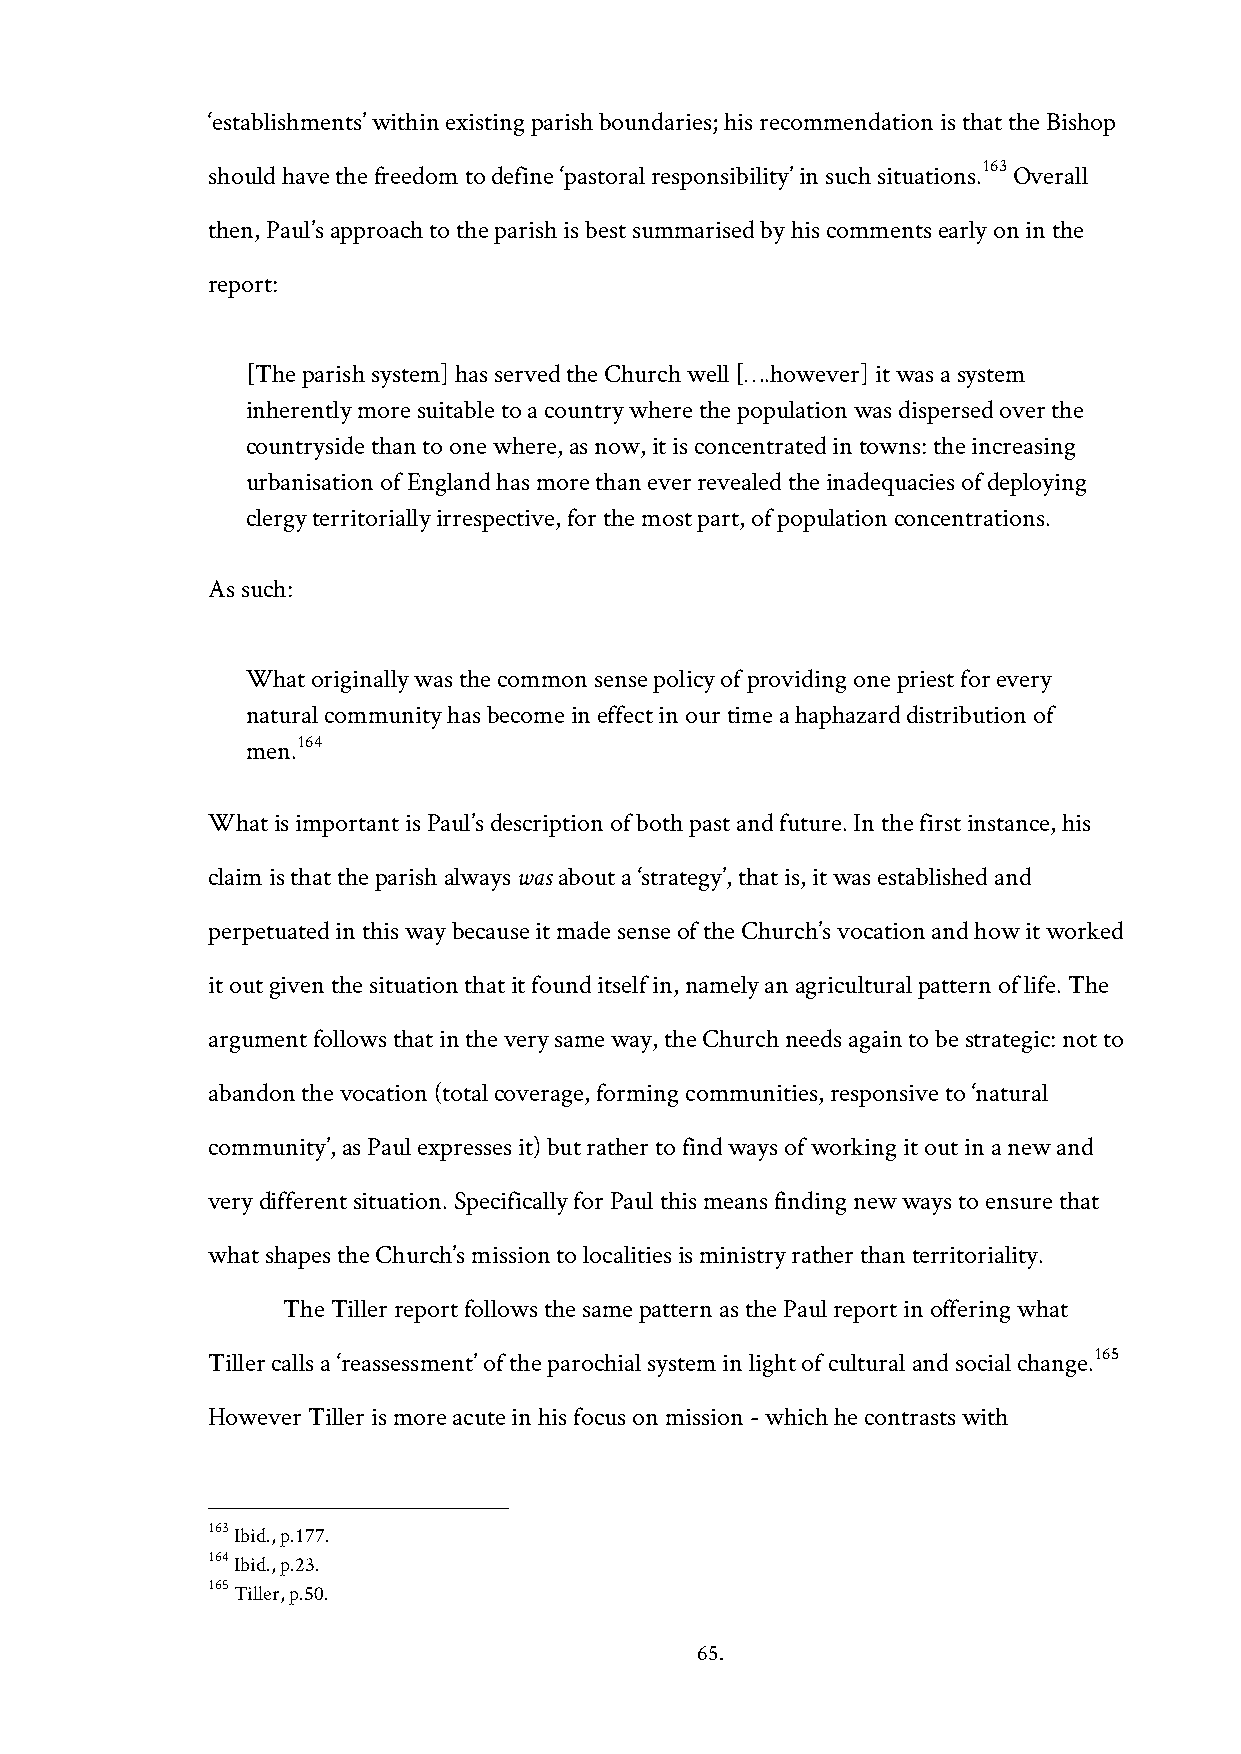
‘establishments’ within existing parish boundaries; his recommendation is that the Bishop
 163
 should have the freedom to define ‘pastoral responsibility’ in such situations. Overall
 then, Paul’s approach to the parish is best summarised by his comments early on in the
 report:
 [The parish system] has served the Church well [….however] it was a system
 inherently more suitable to a country where the population was dispersed over the
 countryside than to one where, as now, it is concentrated in towns: the increasing
 urbanisation of England has more than ever revealed the inadequacies of deploying
 clergy territorially irrespective, for the most part, of population concentrations.
 As such:
 What originally was the common sense policy of providing one priest for every
 natural community has become in effect in our time a haphazard distribution of
 164
 men.
 What is important is Paul’s description of both past and future. In the first instance, his
 claim is that the parish always was about a ‘strategy’, that is, it was established and
 perpetuated in this way because it made sense of the Church’s vocation and how it worked
 it out given the situation that it found itself in, namely an agricultural pattern of life. The
 argument follows that in the very same way, the Church needs again to be strategic: not to
 abandon the vocation (total coverage, forming communities, responsive to ‘natural
 community’, as Paul expresses it) but rather to find ways of working it out in a new and
 very different situation. Specifically for Paul this means finding new ways to ensure that
 what shapes the Church’s mission to localities is ministry rather than territoriality.
 The Tiller report follows the same pattern as the Paul report in offering what
 165
 Tiller calls a ‘reassessment’ of the parochial system in light of cultural and social change.
 However Tiller is more acute in his focus on mission - which he contrasts with
 163 Ibid., p.177.
 164 Ibid., p.23.
 165 Tiller, p.50.
 65.